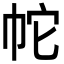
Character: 𭘙